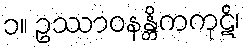
၁။ ဥဿာဝနန္တိကကုဋိ၊